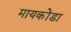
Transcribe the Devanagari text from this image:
मायकोंडा